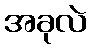
အခုလဲ